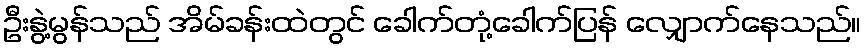
ဦးနွဲ့မွန်သည် အိမ်ခန်းထဲတွင် ခေါက်တုံ့ခေါက်ပြန် လျှောက်နေသည်။